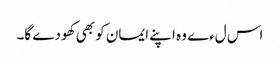
اس لءے وہ اپنے ایمان کو بھی کھودے گا۔